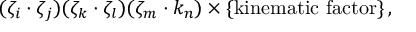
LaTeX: ( \zeta _ { i } \cdot \zeta _ { j } ) ( \zeta _ { k } \cdot \zeta _ { l } ) ( \zeta _ { m } \cdot k _ { n } ) \times \{ \mathrm { k i n e m a t i c ~ f a c t o r } \} \, ,